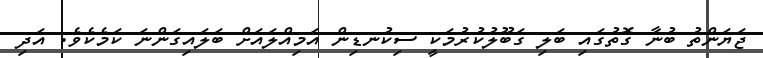
ޖަޔަންތު ބުނާ ގޮތުގައި ބަލި ގަބޫލުކުރުމަކީ ސިކުނޑިން އަމިއްލައަށް ބަލައިގަންނަ ކަމެކެވެ. އަދި